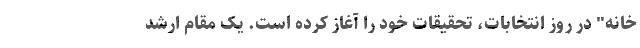
خانه" در روز انتخابات، تحقیقات خود را آغاز کرده است. یک مقام ارشد